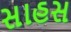
સાહસ